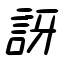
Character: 訝